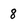
Character: 8